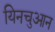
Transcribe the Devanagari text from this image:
यिनचुआन